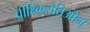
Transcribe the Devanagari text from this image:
प्रीक्ष्किततिओन